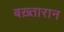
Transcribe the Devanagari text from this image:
बख़्तारान